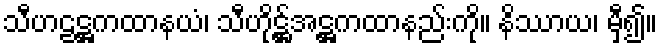
သီဟဠဋ္ဌကထာနယံ၊ သီဟိုဋ္ဌ်အဋ္ဌကထာနည်းကို။ နိဿာယ၊ မှီ၍။